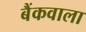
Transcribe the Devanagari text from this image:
बैंकवाला